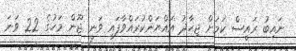
ނައިބު ރައީސް ކަމަށް ޖިހާދު އައްޔަންކުރައްވާފައި ވަނީ ޖޫން މަހުގެ 22 ވަނަ